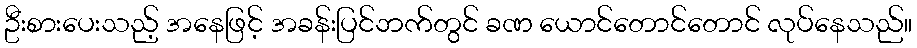
ဦးစားပေးသည့် အနေဖြင့် အခန်းပြင်ဘက်တွင် ခဏ ယောင်တောင်တောင် လုပ်နေသည်။